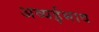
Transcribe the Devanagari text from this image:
अव्यईभाव